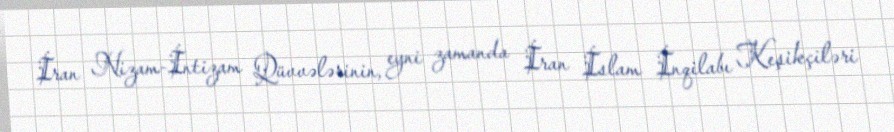
İran Nizam-İntizam Qüvvələrinin, eyni zamanda İran İslam İnqilabı Keşikçiləri